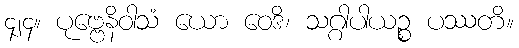
၄၂၄။ ပုဗ္ဗေနိဝါသံ ယော ဝေဒိ၊ သဂ္ဂါပါယဉ္စ ပဿတိ။